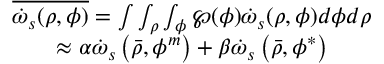
\begin{array} { c } { { { \overline { { { \dot { \omega } _ { s } ( \rho , \phi ) } } } = \int \int _ { \rho } \int _ { \phi } \wp ( \phi ) \dot { \omega } _ { s } ( \rho , \phi ) d \phi d \rho } } } \\ { { { \approx \alpha \dot { \omega } _ { s } \left( \bar { \rho } , \phi ^ { m } \right) + \beta \dot { \omega } _ { s } \left( \bar { \rho } , \phi ^ { * } \right) } } } \end{array}